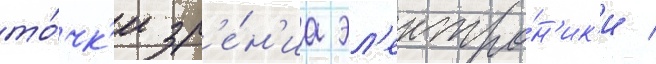
то́чк'и зр'е́н'иа эл'ектро́н'ик'и /